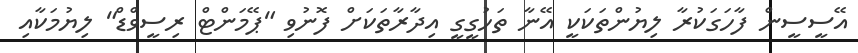
އޭސީސީން ފާހަގަކުރާ ލިޔުންތަކަކީ އޭނާ ތަހުގީގީ އިދާރާތަކަށް ފޮނުވި "ޕޭމަންޓް ރިސީވްޑް" ލިޔުމަކާއި